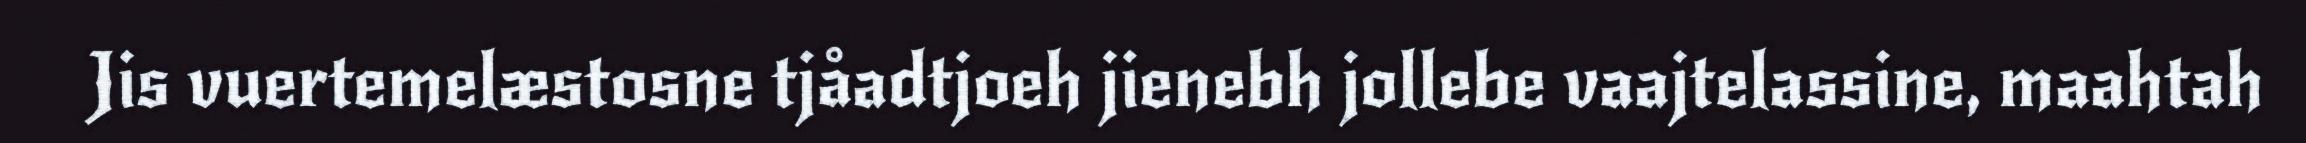
Jis vuertemelæstosne tjåadtjoeh jienebh jollebe vaajtelassine, maahtah